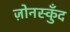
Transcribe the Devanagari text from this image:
ज़ोनस्कुँद